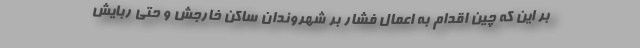
بر این که چین اقدام به اعمال فشار بر شهروندان ساکن خارجش و حتی ربایش